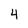
Character: 4